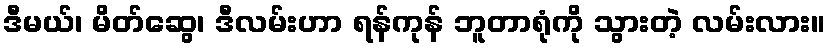
ဒီမယ်၊ မိတ်ဆွေ၊ ဒီလမ်းဟာ ရန်ကုန် ဘူတာရုံကို သွားတဲ့ လမ်းလား။